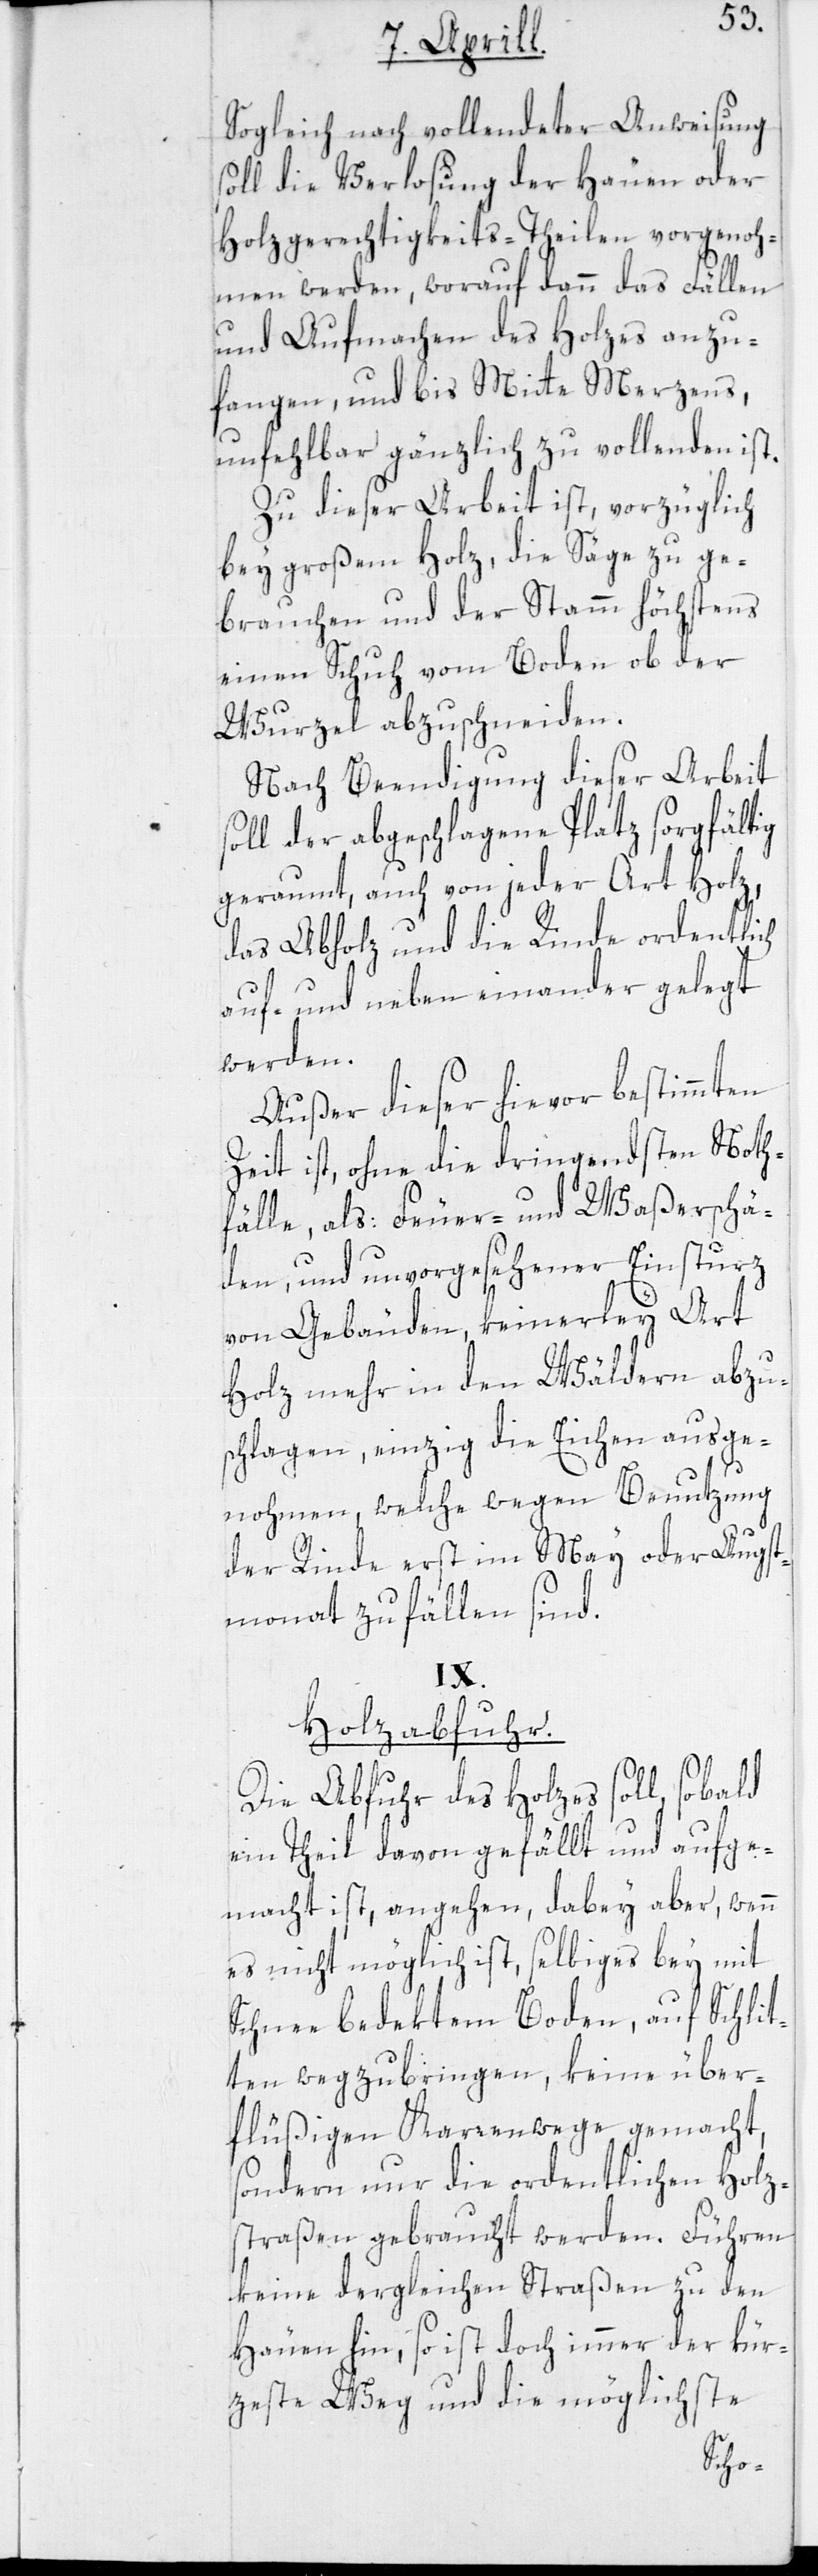
Sogleich nach vollendeter Anweisung
soll die Verlosung der Häuen oder
Holzgerechtigkeits-Theilen vorgenoh¬
men werden, worauf dann das Fällen
und Aufmachen des Holzes anzu¬
fangen, und bis Mitte Merzens,
unfehlbar gänzlich zu vollenden ist.
Zu dieser Arbeit ist, vorzüglich
bey großem Holz, die Säge zu ge¬
brauchen und der Stamm höchstens
einen Schuh vom Boden ob der
Wurzel abzuschneiden.
Nach Beendigung dieser Arbeit
soll der abgeschlagene Platz sorgfältig
geraumt, auch von jeder Art Holz,
das Abholz und die Rinde ordentlich
auf- und neben einander gelegt
werden.
Außer dieser hievor bestimmten
Zeit ist, ohne die dringendsten Noth¬
fälle, als Feuer- und Waßerschä¬
den, und unvorhergesehener Einsturz
von Gebäuden, keinerley Art
Holz mehr in den Wäldern abzu¬
schlagen, einzig die Eichen ausge¬
nohmen, welche wegen Benutzung
der Rinde erst im May oder Augst¬
monat zu fällen sind.
IX.
Holzabfuhr.
Die Abfuhr des Holzes soll, sobald
ein Theil davon gefällt und aufge¬
macht ist, angehen, dabey aber, wenn
es nicht möglich ist, selbiges bey mit
Schnee bedektem Boden, auf Schlit¬
ten wegzubringen, keine über¬
flüßigen Karrenwege gemacht,
sondern nur die ordentlichen Holz¬
straßen gebraucht werden. Führen
keine dergleichen Straßen zu den
Häuen hin, so ist doch immer der kür¬
zeste Weg und die möglichste